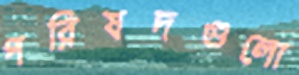
পরিষদগুলো